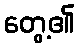
တွေ့၏